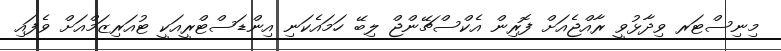
މިނިސްޓަރ ވިދާޅުވީ ރާއްޖެއަށް ފޮރިން އެކްސްޗޭންޖް ލިބޭ ހަމައެކަނި އިންޑަސްޓްރީއަކީ ޓުއަރިޒަމްއަށް ވެފައި